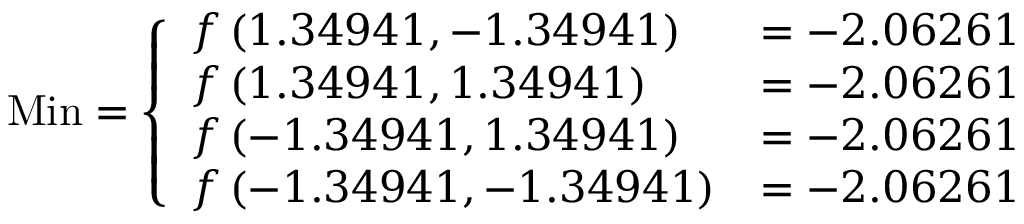
{ \mathrm { M i n } } = { \left\{ \begin{array} { l l } { f \left( 1 . 3 4 9 4 1 , - 1 . 3 4 9 4 1 \right) } & { = - 2 . 0 6 2 6 1 } \\ { f \left( 1 . 3 4 9 4 1 , 1 . 3 4 9 4 1 \right) } & { = - 2 . 0 6 2 6 1 } \\ { f \left( - 1 . 3 4 9 4 1 , 1 . 3 4 9 4 1 \right) } & { = - 2 . 0 6 2 6 1 } \\ { f \left( - 1 . 3 4 9 4 1 , - 1 . 3 4 9 4 1 \right) } & { = - 2 . 0 6 2 6 1 } \end{array} \right. }